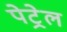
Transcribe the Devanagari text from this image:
पेट्रेल